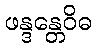
ဖန္ဒန္တေဝိဓ